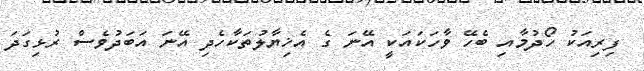
ފިރިއަކު ހޯދުމާއި ބެހޭ ވާހަކައަކީ އޭނަ ގެ އެޚިޔާލުތަކާހެދި އޭނަ އަބަދުވެސް ރުޅިގަދަ